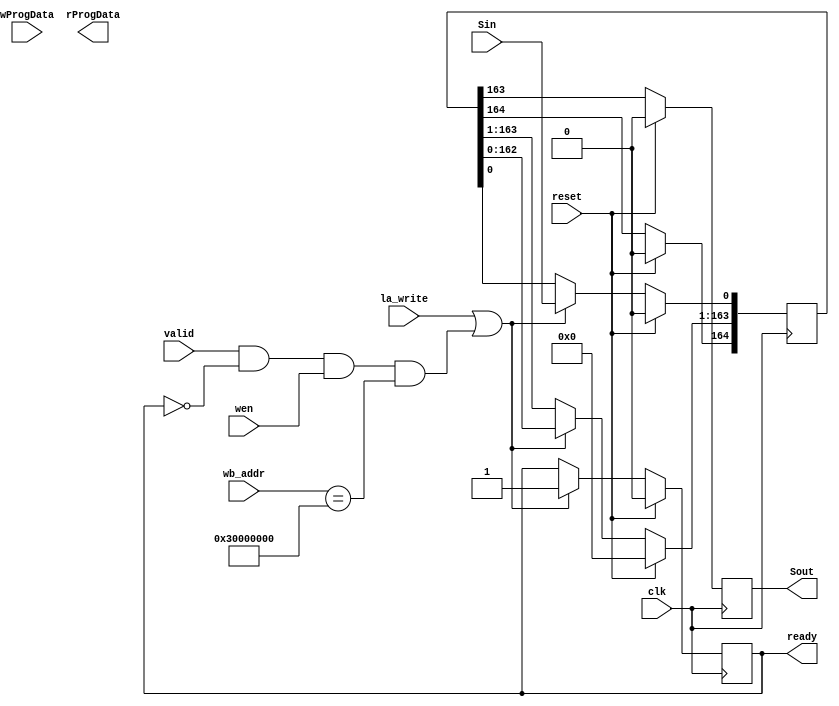
module SR #(
    parameter WIDTH = 164,
    parameter [31:0] BASE_ADDR = 32'h3000_0000
)(
`ifdef USE_POWER_PINS
    inout vccd1,	// User area 1 1.8V supply
    inout vssd1,	// User area 1 digital ground
`endif
	
    input clk,			
    input reset,		/* System reset */
    input Sin,		    /* Shift register program input */
    output Sout, 		/* Shift register program output */

    input [31:0] wb_addr,
    input la_write,
    input  wen,
    input valid,
    output ready,  
    
    input [31:0] wProgData, /* storage to hold programming data */
    output [31:0] rProgData /* storage to read back the programming data */
);
    reg [164:0] sr_data;
    reg Sout;			/* Latched shift register output */
    
    reg ready;
    reg Sout_r;
        
    always @(posedge clk) begin
        if (reset) begin      	
	        sr_data <= 164'd0;
	        ready <= 0;
	end else if(la_write || (valid && !ready && wen && (wb_addr == BASE_ADDR))) begin
     	 	$display("writing");
     	 	ready <=1;      
                sr_data[WIDTH-1:1] <= sr_data[WIDTH-2:0];
            	sr_data[0] <= Sin;
	    end
    end
    
    always@(negedge clk) begin
    	if (reset) begin
    	   Sout <= 1'b0;
    	end
    	else begin
    	   Sout <= sr_data[WIDTH-1];
    	end
    end
    
endmodule